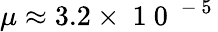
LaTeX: \mu\approx 3.2\times\mathrm{~1~0~}^{\mathrm{~-~5~}}